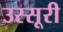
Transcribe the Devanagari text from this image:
उस्सूरी